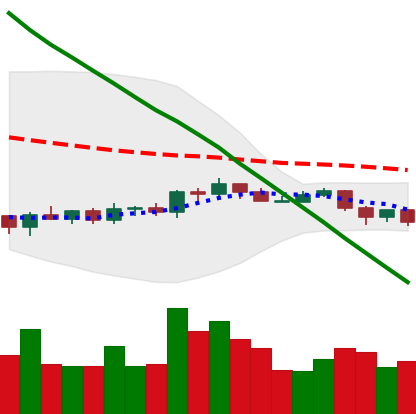
Ticker: ADA-USD
Chart end date: 2019-10-18
Forward return: -4.371%
Label: down_3_5